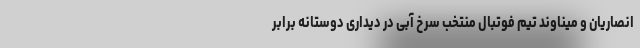
انصاریان و میناوند تیم فوتبال منتخب سرخ آبی در دیداری دوستانه برابر